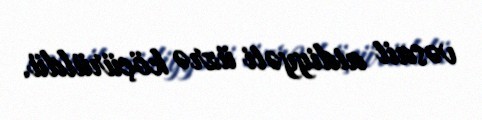
vəsait aidiyyəti üzrə köçürüldü.